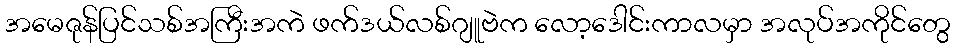
အမေဇုန်ပြင်သစ်အကြီးအကဲ ဖက်ဒယ်လစ်ဂျူဗဲက လော့ဒေါင်းကာလမှာ အလုပ်အကိုင်တွေ